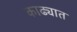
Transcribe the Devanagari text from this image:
काढ्यात